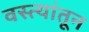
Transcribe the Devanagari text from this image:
वस्त्यांतून